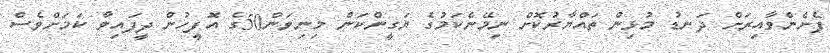
ފެށެންވާއިރަށް ދަނޑު މުޅިން ތައްޔާރުކޮށް ނިމޭނެކަމުގެ ޔަގީންކަން މިނިވަން50ގެ އޮފީހުން ދީފައިވާ ކަމަށްވެސް